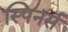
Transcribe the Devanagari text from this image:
स्पिनर्स